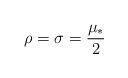
LaTeX: \begin{align*} \rho=\sigma=\frac {\mu_\ast} 2\end{align*}